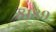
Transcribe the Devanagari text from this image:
८१८९